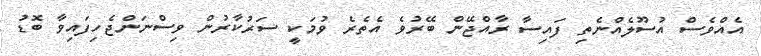
އެއްވެސް އުސޫލެއްނެތި ފައިސާ ރާއްޖޭން ބޭރުވެ އެތެރެ ވުމަކީ ސަރުކާރުން ވިސްނަންޖެހިފައިވާ ބޮޑު